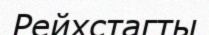
Рейхстагты